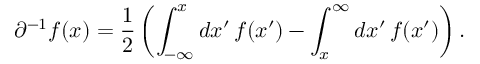
\partial ^ { - 1 } f ( x ) = \frac { 1 } { 2 } \left( \int _ { - \infty } ^ { x } d x ^ { \prime } \, f ( x ^ { \prime } ) - \int _ { x } ^ { \infty } d x ^ { \prime } \, f ( x ^ { \prime } ) \right) .